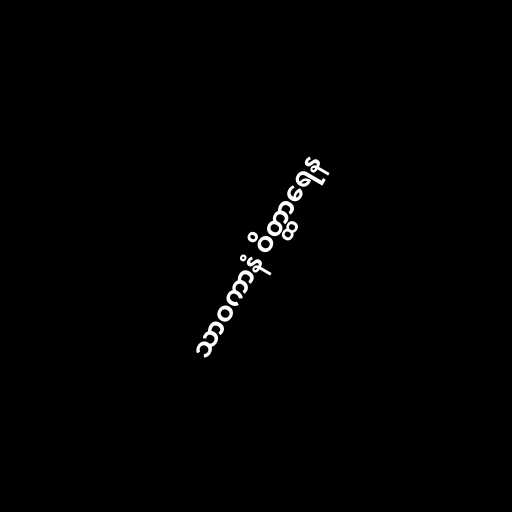
သာဝကာနံ ဝိတ္ထာရေန